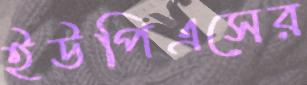
ইউপিএসের